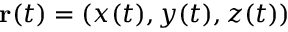
\mathbf { r } ( t ) = ( x ( t ) , y ( t ) , z ( t ) )